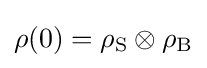
\rho (0)=\rho _{\rm {S}}\otimes \rho _{\rm {B}}